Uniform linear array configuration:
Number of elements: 12
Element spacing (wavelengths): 1
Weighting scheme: blackman
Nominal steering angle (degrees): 15
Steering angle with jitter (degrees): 13.977
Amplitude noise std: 0.05
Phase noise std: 0.05

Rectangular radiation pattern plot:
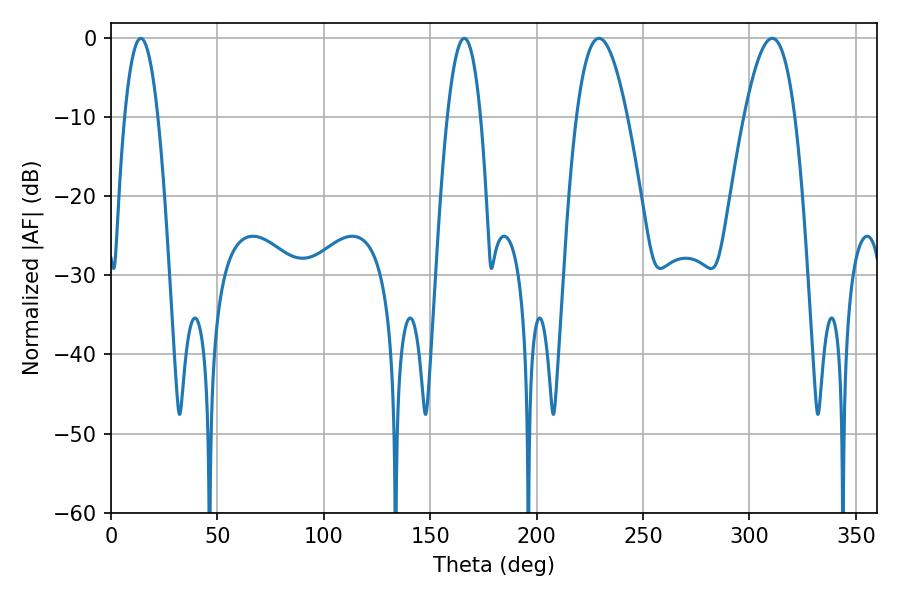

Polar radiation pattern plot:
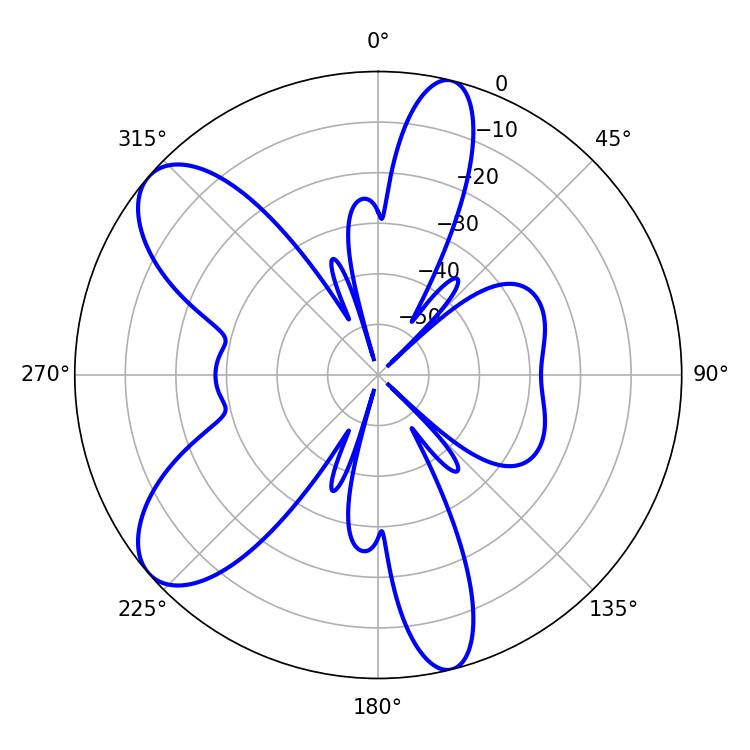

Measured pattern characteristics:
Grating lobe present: TRUE
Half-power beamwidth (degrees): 12.96
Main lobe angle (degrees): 229.32